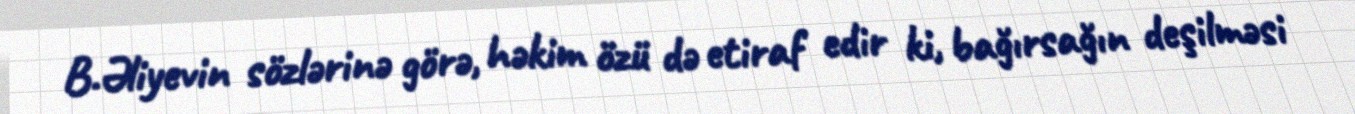
B.Əliyevin sözlərinə görə, həkim özü də etiraf edir ki, bağırsağın deşilməsi